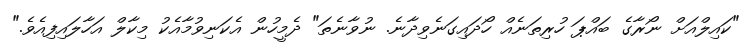
"ކައިލްއަށް ނޯރާގެ ބައްޕަ ހުރިތަނެއް ހޯދައިގަނެވިދާނެ. ނުވާނެތަ" ދެމީހުން އެކަނިވުމާއެކު މިކާލް އަހާލައިފިއެވެ."